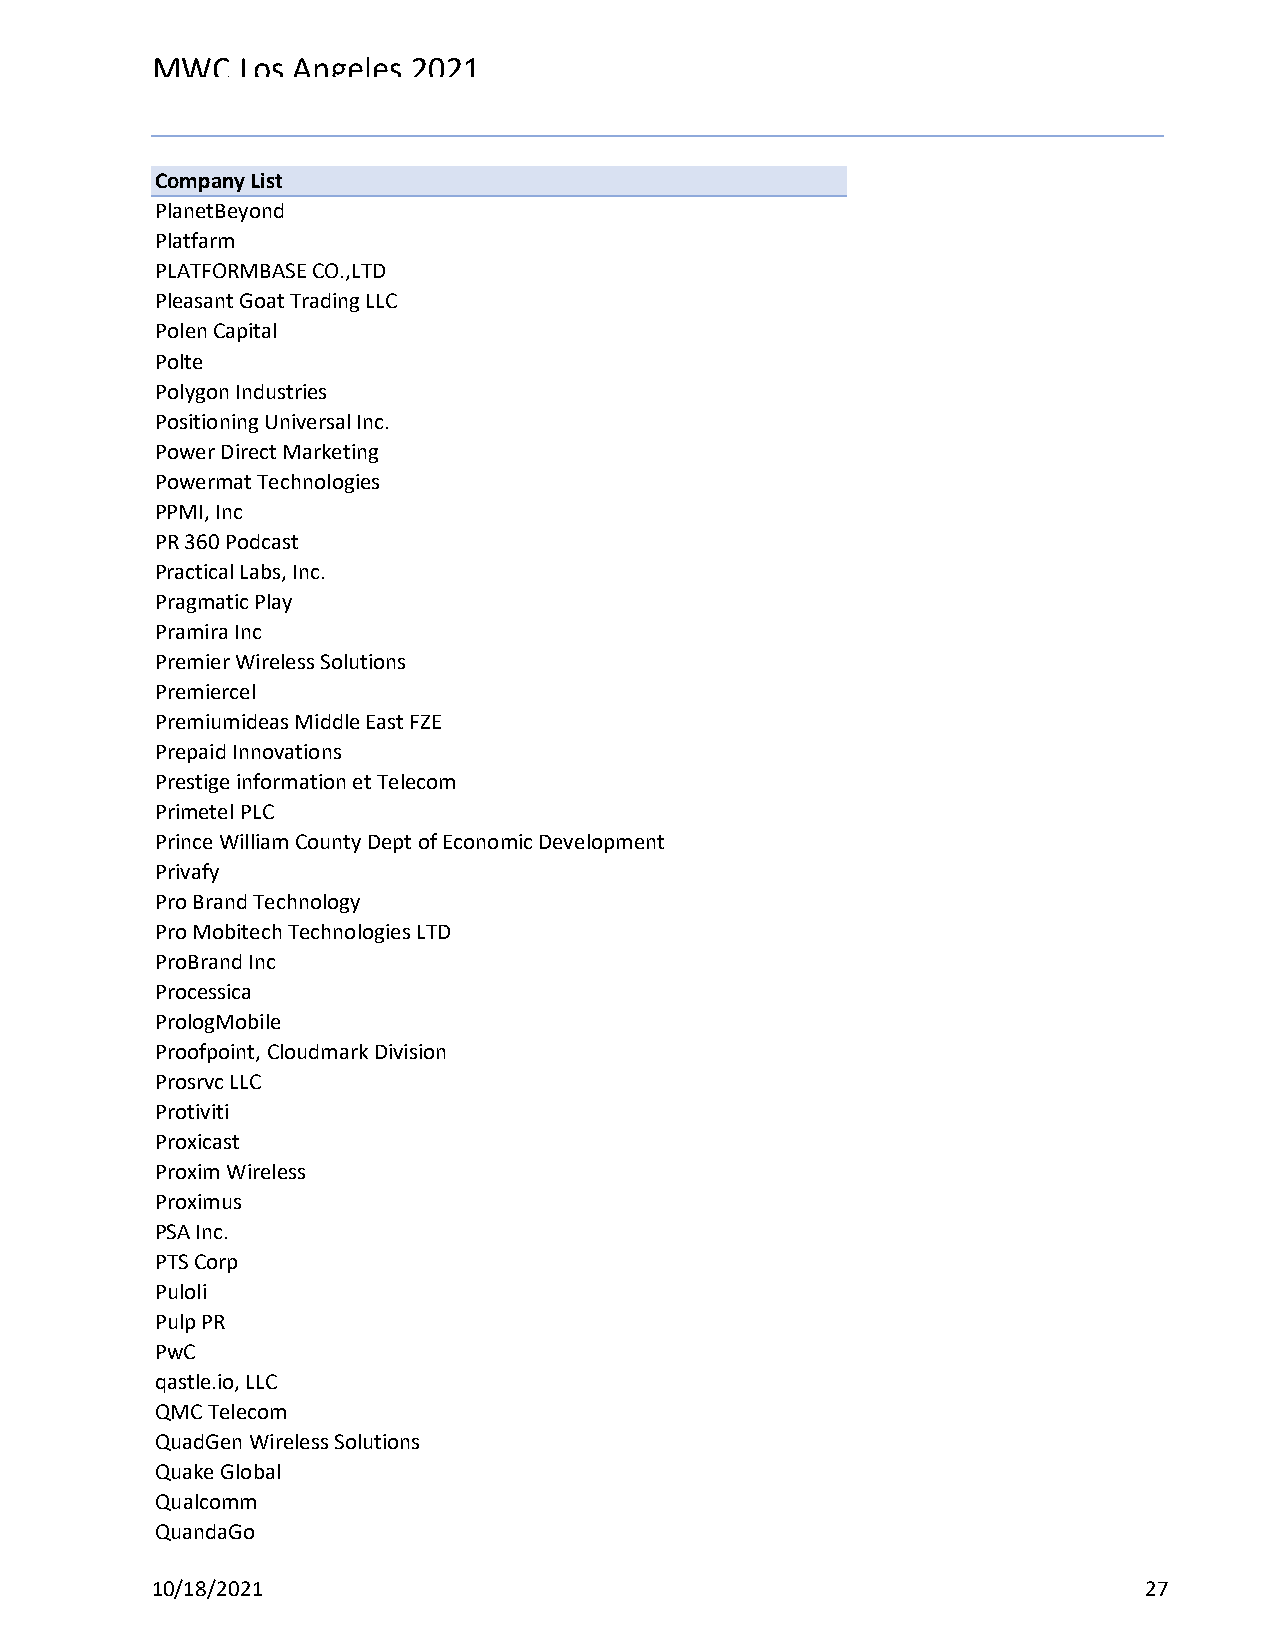
MWC   Los Angeles 2021
 Reg Status                                    Registration Complete
 Code Description                              (Multiple Items)
 Company List
 PlanetBeyond
 Platfarm
 PLATFORMBASE CO.,LTD
 Pleasant Goat Trading LLC
 Polen Capital
 Polte
 Polygon Industries
 Positioning Universal Inc.
 Power Direct Marketing
 Powermat Technologies
 PPMI, Inc
 PR 360 Podcast
 Practical Labs, Inc.
 Pragmatic Play
 Pramira Inc
 Premier Wireless Solutions
 Premiercel
 Premiumideas Middle East FZE
 Prepaid Innovations
 Prestige information et Telecom
 Primetel PLC
 Prince William County Dept of Economic Development
 Privafy
 Pro Brand Technology
 Pro Mobitech Technologies LTD
 ProBrand Inc
 Processica
 PrologMobile
 Proofpoint, Cloudmark Division
 Prosrvc LLC
 Protiviti
 Proxicast
 Proxim Wireless
 Proximus
 PSA Inc.
 PTS Corp
 Puloli
 Pulp PR
 PwC
 qastle.io, LLC
 QMC Telecom
 QuadGen Wireless Solutions
 Quake Global
 Qualcomm
 QuandaGo
 10/18/2021                                                        27